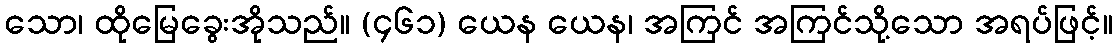
သော၊ ထိုမြေခွေးအိုသည်။ (၄၆၁) ယေန ယေန၊ အကြင် အကြင်သို့သော အရပ်ဖြင့်။